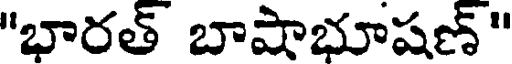
"భారత్ బాషాభూషణ్"